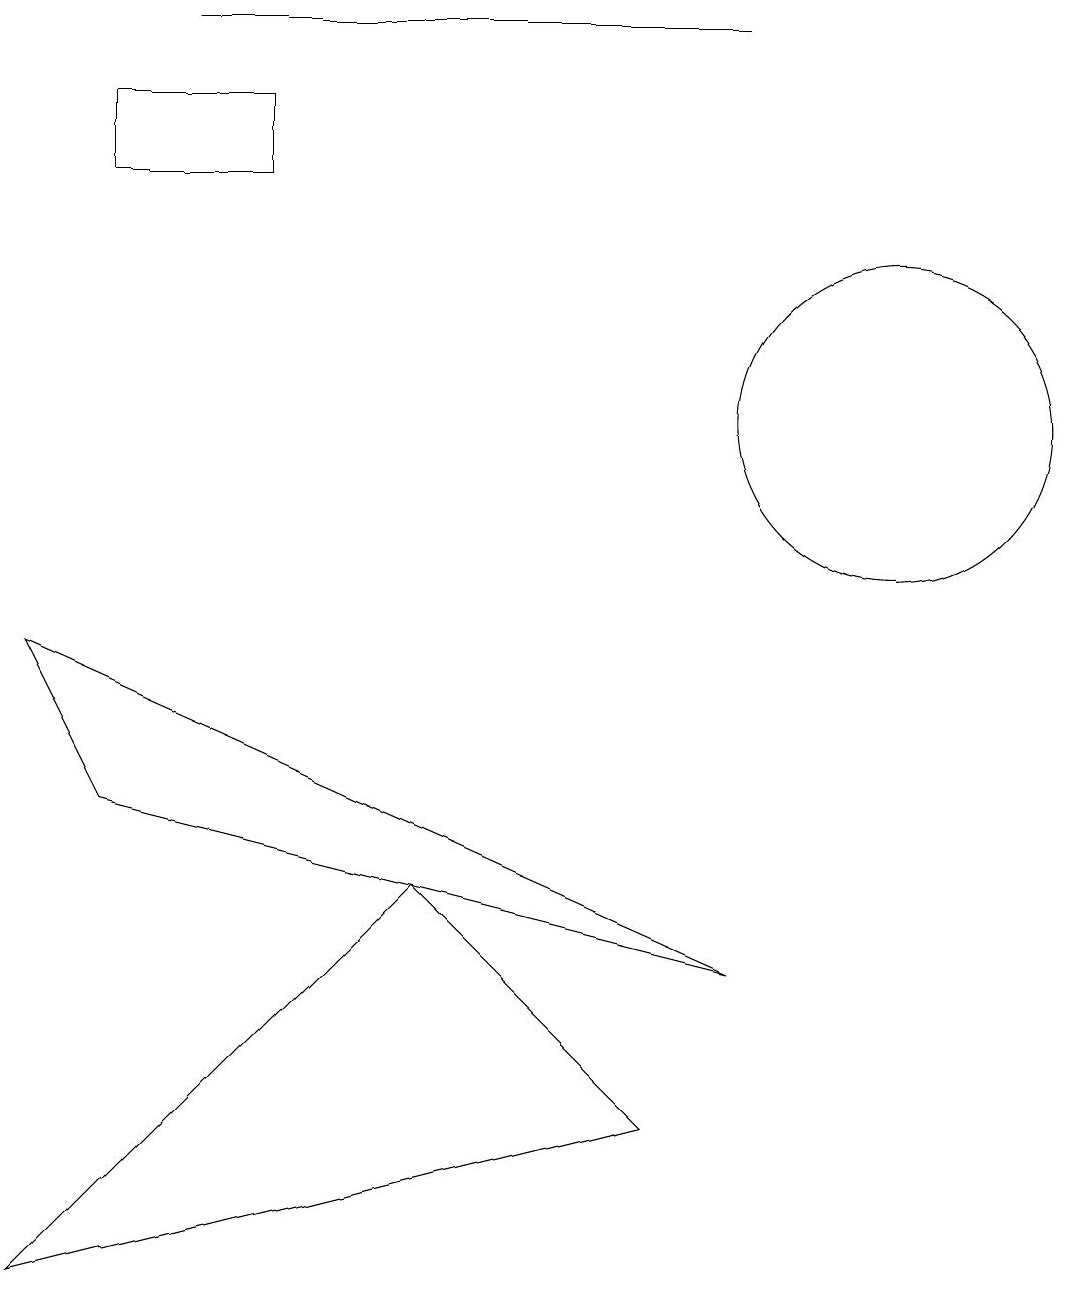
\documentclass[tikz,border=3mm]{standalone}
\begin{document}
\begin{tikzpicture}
\draw (3,14) rectangle (1,15);
\draw (9,16) rectangle (2,16);
\draw (5,5) -- (8,2) -- (0,0) -- cycle;
\draw (11,11) circle (2);
\draw (9,4) -- (0,8) -- (1,6) -- cycle;
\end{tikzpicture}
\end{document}